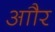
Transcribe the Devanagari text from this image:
आौर